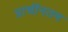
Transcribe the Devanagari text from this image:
प्राचींनतम